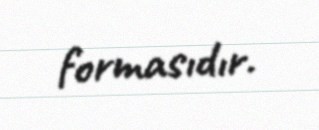
formasıdır.